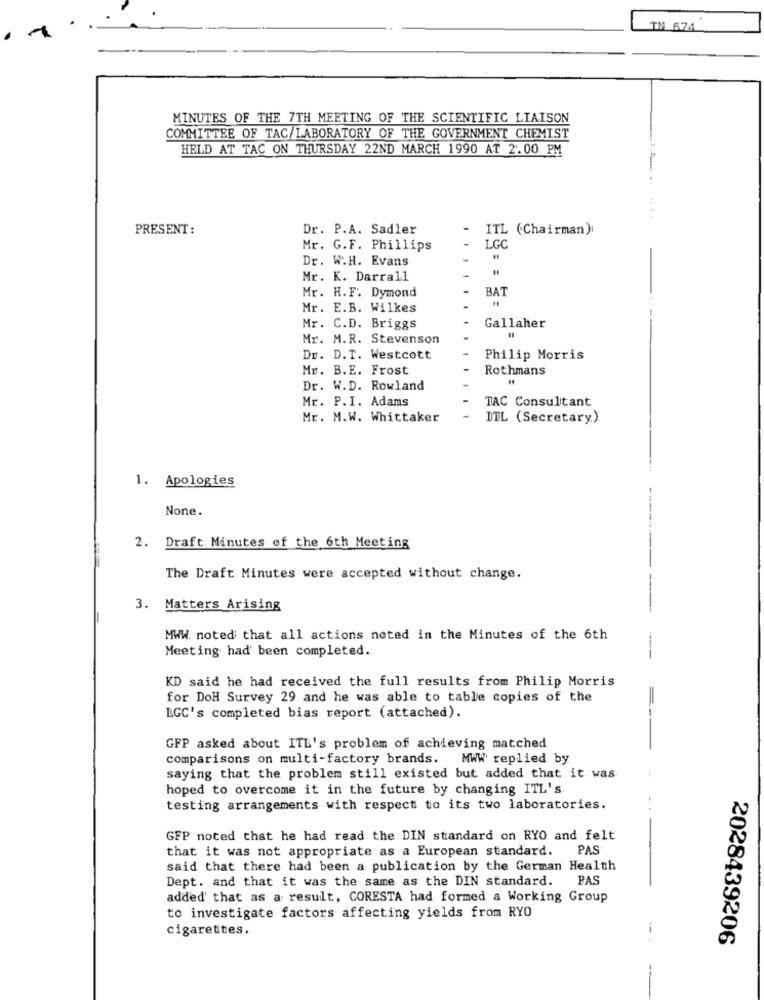
IN 671
MINUTES OF THE 7TH MEETING OF THE SCIENTIFIC LIAISON
COMMITTEE OF TAC/LABORATORY OF THE GOVERNMENT CHEMIST
HELD AT TAC ON THURSDAY 22ND MARCH 1990 AT 2.00 PM
...
PRESENT:
Dr. P.A. Sadler
-
ITL (Chairman):
Mr. G.F. Phillips
LGC
Dr. W.H. Evans
Mr. K. Darrall
Mr. H. F. Dymond
BAT
Mr. E.B. Wilkes
Mr. C.D. Briggs
Gallaher
Mr. M.R. Stevenson
Dr. D.T. Westcott
Philip Morris
Mr. B.E. Frost
Rothmans
Dr. W.D. Rowland
Mr. P.I. Adams
TAC Consultant
Mr. M.W. Whittaker
ITL (Secretary)
1. Apologies
None.
2. Draft. Minutes of the 6th Meeting
---
The Draft Minutes were accepted without change.
3. Matters Arising
MWW. noted that all actions noted in the Minutes of the 6th
Meeting had been completed.
KD said he had received the full results from Philip Morris
for DoH Survey 29 and he was able to table copies of the
LGC's completed bias report (attached).
GFP asked about ITL's problem of achieving matched
comparisons on multi-factory brands. MWW replied by
saying that the problem still existed but added that it was
hoped to overcome it in the future by changing ITL's.
testing arrangements with respect to its two laboratories.
GFP noted that he had read the DIN standard on RYO and felt
that it was not appropriate as a European standard.
PAS
said that there had been a publication by the German Health
Dept. and that it was the same as the DIN standard.
PAS
added' that as a result, CORESTA had formed a Working Group
to investigate factors affecting yields from RYO
cigarettes.
2028439206